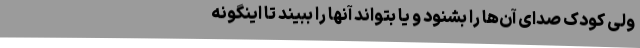
ولی کودک صدای آن‌ها را بشنود و یا بتواند آنها را ببیند تا اینگونه